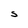
Character: S